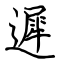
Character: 遲